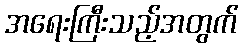
အရေးကြီးသည့်အတွက်